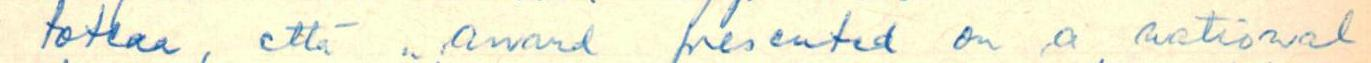
toteaa, että "award presented on a national